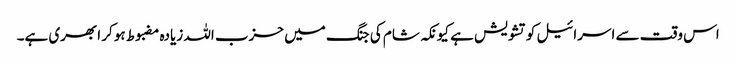
اس وقت سے اسرائیل کو تشویش ہے کیونکہ شام کی جنگ میں حزب اللہ زیادہ مضبوط ہو کر ابھری ہے۔